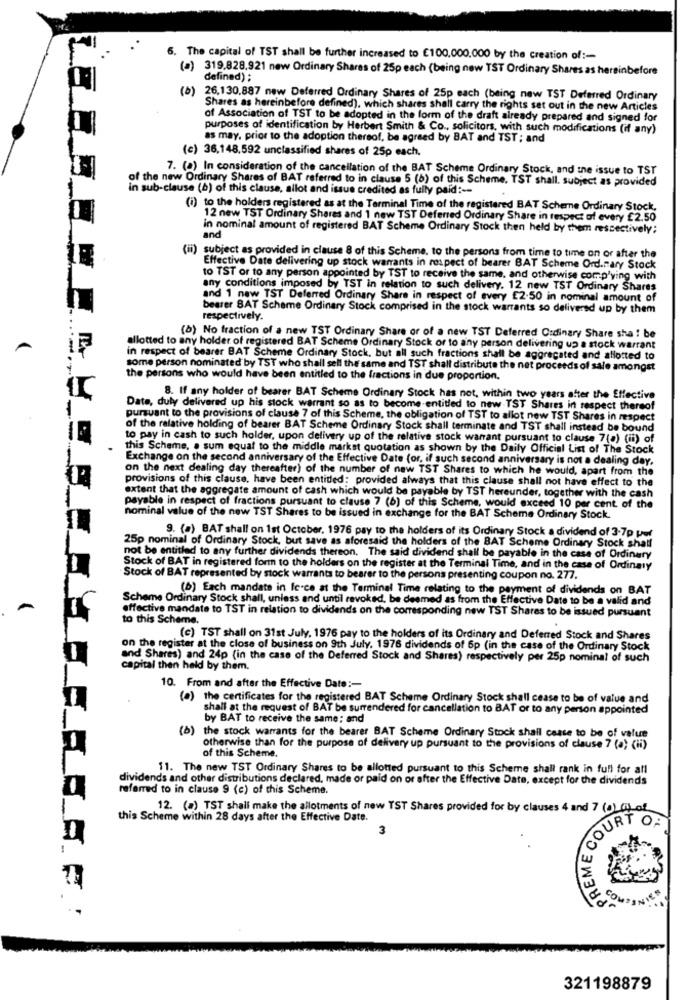
6. The capital of TST shall be further increased to €100.000.000 by the creation of :-
(a) 319.828,921 new Ordinary Shares of 25p each (being new TST Ordinary Shares as hereinbefore
defined) ;
(b) 26,130.887 new Deferred Ordinary Shares of 25p each (being new TST Deferred Ordinary
Shares as hereinbefore defined), which shares shall carry the rights set out in the new Articles
of Association of TST to be adopted in the form of the draft already prepared and signed for
purposes of identification by Herbert Smith & Co ., solicitors, with such modifications (if any)
as may, prior to the adoption thereof, be agreed by BAT and TST ; and
(c) 36,148.592 unclassified shares of 25p each.
7. (a) In consideration of the cancellation of the BAT Scheme Ordinary Stock, and the issue to TST
of the new Ordinary Shares of BAT referred to in clause 5 (6) of this Scheme. TST shall. subject as provided
in sub-clause (b) of this clause, allot and issue credited as fully paid :--
(i) to the holders registered as at the Terminal Time of the registered BAT Scheme Ordinary Stock,
12 new TST Ordinary Shares and 1 new TST Deferred Ordinary Share in respect of every £2.50
in nominal amount of registered BAT Scheme Ordinary Stock then held by them respectively;
and
(ii) subject as provided in clause 8 of this Scheme, to the persons from time to time on or after the
Effective Date delivering up stock warrants in respect of bearer BAT Scheme Ord.mary Stock
to TST or to any person appointed by TST to receive the same, and otherwise comp'ving with
any conditions imposed by TST in relation to such delivery. 12 new TST Ordinary Shares
and 1 new TST Deferred Ordinary Share in respect of every E2.50 in nominal amount of
bearer BAT Scheme Ordinary Stock comprised in the stock warrants so deliversd up by them
respectively.
(b) No fraction of a new TST Ordinary Share or of a new TST Deferred Ordinary Share sha ! be
A
allotted to any holder of registered BAT Scheme Ordinary Stock or to any person delivering up a stock warrant
in respect of bearer BAT Scheme Ordinary Stock, but all such fractions shall be aggregated and allotted to
some person nominated by TST who shall sell the same and TST shall distribute the net proceeds of sale amongst
the persons who would have been entitled to the fractions in due proportion.
8. If any holder of bearer BAT Scheme Ordinary Stock has not, within two years after the Effective
Date, duly delivered up his stock warrant so as to become entitled to new TST Shares in respect thereof
pursuant to the provisions of clause 7 of this Scheme, the obligation of TST to allot new TST Shares in respect
of the relative holding of bearer BAT Scheme Ordinary Stock shall terminate and TST shall instead be bound
to pay in cash to such holder, upon delivery up of the relative stock warrant pursuant to clause 7(a) (ii) of
this Scheme, . sum equal to the middle markst quotation as shown by the Daily Official List of The Stock
Exchange on the second anniversary of the Effective Date (or, if such second anniversary is not a dealing day.
on the next dealing day thereafter) of the number of new TST Shares to which he would, apart from the
provisions of this clause, have been entitled: provided always that this clause shall not have effect to the
extent that the aggregate amount of cash which would be payable by TST hereunder, together with the cash
payable in respect of fractions pursuant to clause 7 (6) of this Scheme, would exceed 10 per cent of the
nominal value of the new TST Shares to be issued in exchange for the BAT Scheme Ordinary Stock.
9. (a) BAT shall on 1st October, 1976 pay to the holders of its Ordinary Stock a dividend of 3-7p ww
25p nominal of Ordinary Stock, but save as aforesaid the holders of the BAT Scheme Ordinary Stock shall
not be entitled to any further dividends thereon. The said dividend shall be payable in the case of Ordinary
Stock of BAT in registered form to the holders on the register at the Terminal Time, and in the case of Ordinary
Stock of BAT represented by stock warrants to bearer to the persons presenting coupon no. 277.
(6) Each mandate in Ic-ce at the Terminal Time relating to the payment of dividends on BAT
Scheme Ordinary Stock shall, unless and until revoked, be deemed as from the Effective Date to be a valid and
effective mandate to TST in relation to dividends on the corresponding new TST Shares to be issued pursuant
to this Scheme.
(c) TST shall on 31st July, 1976 pay to the holders of its Ordinary and Deferred Stock and Shares
on the register at the close of business on 9th July. 1976 dividends of 6p (in the case of the Ordinary Stock
and Shares) and 24p (in the case of the Deferred Stock and Shares) respectively per 25p nominal of such
capital then held by them.
10. From and after the Effective Date :-
(a) the certificates for the registered BAT Scheme Ordinary Stock shall cease to be of value and
shall at the request of BAT be surrendered for cancellation to BAT or to any person appointed
by BAT to receive the same; and
(b) the stock warrants for the bearer BAT Scheme Ordinary Stock shail casse to be of value
Otherwise than for the purpose of delivery up pursuant to the provisions of clause 7 (a) (ii)
of this Scheme.
11. The new TST Ordinary Shares to be allotted pursuant to this Scheme shall rank in full for all
dividends and other distributions declared, made or paid on or after the Effective Date, except for the dividends
referred to in clause 9 (c) of this Scheme.
12. (a) TST shall make the allotments of new TST Shares provided for by clauses 4 and 7 (0) (i) of
this Scheme within 28 days after the Effective Date.
3
COURT OF
PREME
COMPANIES
321198879